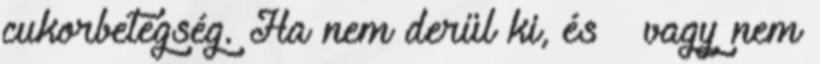
cukorbetegség. Ha nem derül ki, és vagy nem